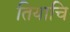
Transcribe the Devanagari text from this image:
तियाचि